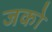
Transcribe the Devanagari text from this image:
जको